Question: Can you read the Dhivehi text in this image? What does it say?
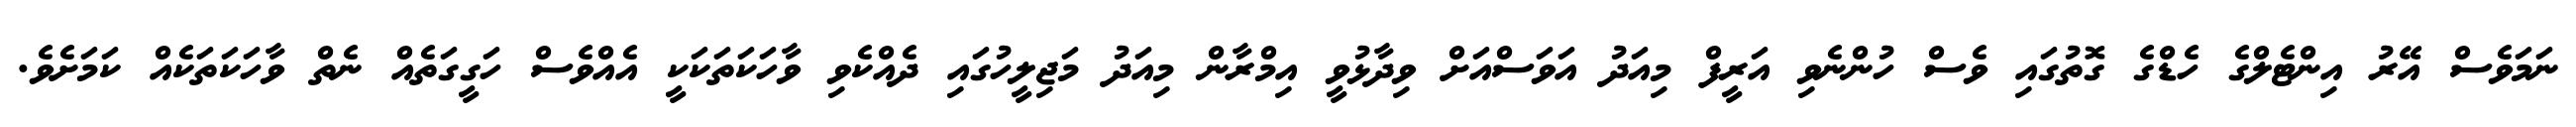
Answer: ނަމަވެސް އޭރު އިންޓެލްގެ ހެޑްގެ ގޮތުގައި ވެސް ހުންނެވި އަރީފް މިއަދު އަވަސްއަށް ވިދާޅުވީ އިމްރާން މިއަދު މަޖިލީހުގައި ދެއްކެވި ވާހަކަތަކަކީ އެއްވެސް ހަގީގަތެއް ނެތް ވާހަކަތަކެއް ކަމަށެވެ.